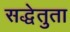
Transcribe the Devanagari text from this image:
सद्धेतुता